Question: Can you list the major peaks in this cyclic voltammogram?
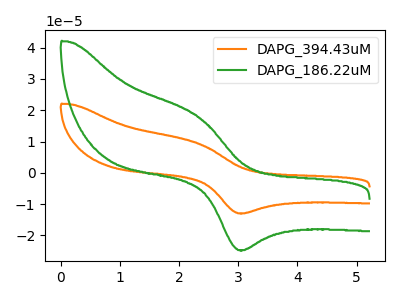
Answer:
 <answer>The orange curve "DAPG_394.43uM" has an anodic peak at (2.35V, 9.35uA) and a cathodic peak at (3.10V, -12.95uA). The green curve "DAPG_186.22uM" has an anodic peak at (2.35V, 17.85uA) and a cathodic peak at (3.10V, -24.70uA).</answer>
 <eval></eval>